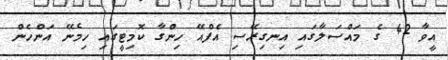
އީވާ 42 ގެ މައްސަލާގައި އިނގިރޭސި އެފްއޭ ހިންގާ ކޮމިޓީގައި ހިމެނޭ އަންހެން